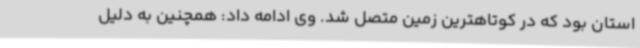
استان بود که در کوتاهترین زمین متصل شد. وی ادامه داد: همچنین به دلیل